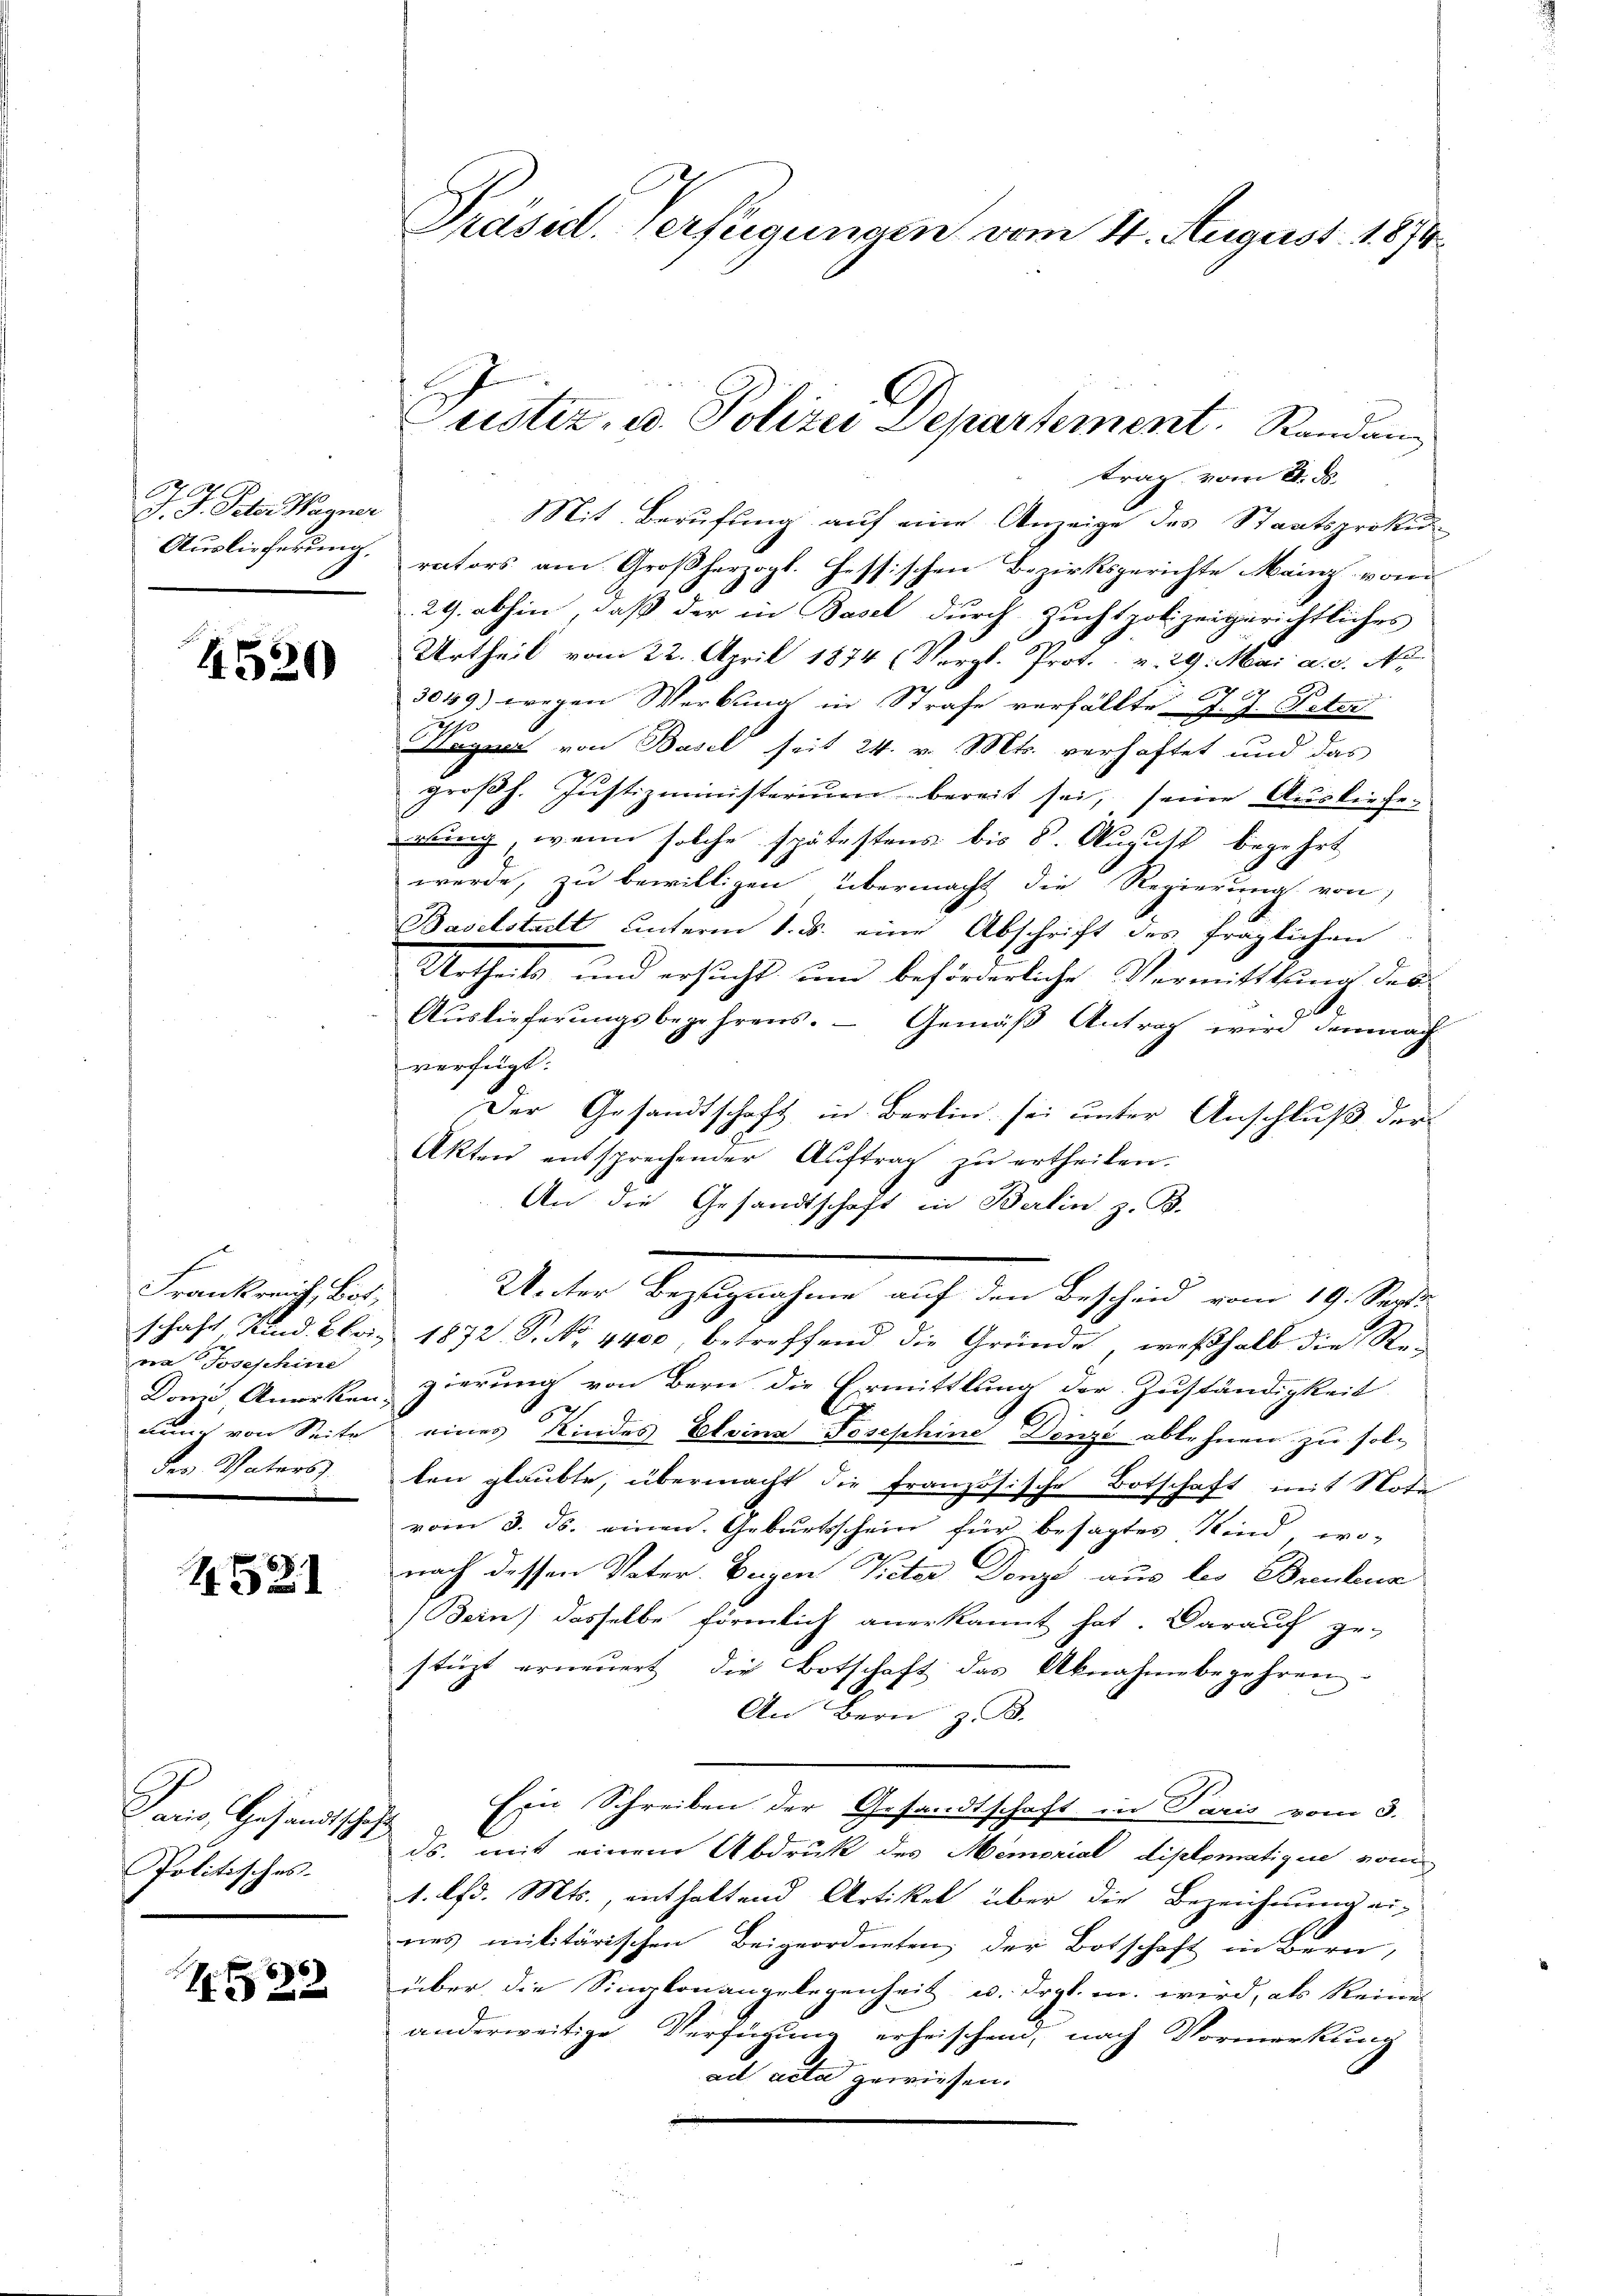
s
J. J. Peter Wagner
Auslieferung,

4520

Frankreich, Bot;
schaft Kind. Bbriva Josephine
Dorze Anwerken,
Bemich von Seite
des Vaters

4521

Paris Gesandtsche
Politisches

1522

Präsid. Verfügungen vom 4. August 1874.

eistiz, u. Polizei Departement. Randan

trag vom 21. ds.
Mit Berufung auf eine Anzeige des Staatsproku
rators am Großherzogl. Hessischen Bezirksgerichte Mainz vom
29. abhin, daß der in Basel durch Zuchtpolizeigerichtliches
Urtheil vom 22. April 1874 (Vergl. Prot. v. 29. Mai a. c. No
3049) wegen Werbung in Strafe verfällte J. J. Peter
Neger von Basel seit 24. v. Mts. verhaftet und das
groβh. Justizministeriŭm bereit sei, seine Ausliefe-
gung, wenn solche spätestens bis 8. August begehrt
werde, zu bewilligen übermacht die Regierung von
Baselstadt unterm 1. ds. eine Abschrift des fraglichen
Urtheils und ersucht um beförderliche Vermittlung des
.
Auslieferungsbegehrens. — Gemäß Antrag wird demnach
verfügt:
Der Gesandtschaft in Berlin sei unter Anschluß der
Akten entsprechender Aŭftrag zŭ ertheilen.
An die Gesandtschaft in Berlin z. B.
Unter Bezugnahme auf den Bescheid vom 19. Septe
1872, S. No. 4400, betreffend die Gründe, weßhalb die Regierung von Bern die Ermittlung der Zuständigkeit
eines Kindes Elvina Josephine Denze ablehnen zu solten glaubte, übermacht die französische Botschaft mit Nota
vom 3. ds. einen Geburtsschein für besagtes Kind wo-
.
nach dessen Vater. Beigen Vieter Donzes aus les Brenbur
Bein) dasselbe förmlich anerkannt hat. Darauf ge-
stüzt erneŭert, die Botschaft das Aknahmebegehren.
An Bern z. B.
Ein Schreiben der Gesandtschaft in Paris vom 3.
ds. mit einem Abdruk des Memorial diplomatique vom
1. lfd. Mts., enthaltend Artikel über die Bezeichnung ei-
nes militärischen Beigeordneten, der Botschaft in Bern,
über die Singkonangelegenheit u. drgl. m. wird, als Reines
anderweitige Verfügung erheischend, nach Vormerkung
ad acta gewiesen.